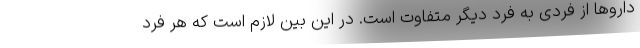
داروها از فردی به فرد دیگر متفاوت است. در این بین لازم است که هر فرد